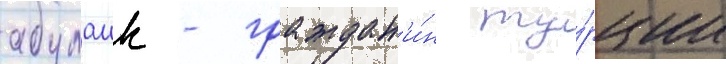
абулаик - граждан'и́н ту́рции